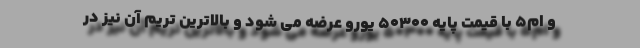
و ام5 با قیمت پایه 50300 یورو عرضه می شود و بالاترین تریم آن نیز در